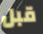
قبل